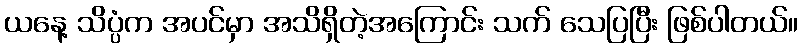
ယနေ့ သိပ္ပံက အပင်မှာ အသိရှိတဲ့အကြောင်း သက် သေပြပြီး ဖြစ်ပါတယ်။